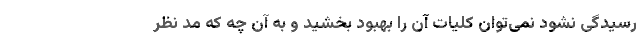
رسیدگی نشود نمی‌توان کلیات آن را بهبود بخشید و به آن چه که مد نظر